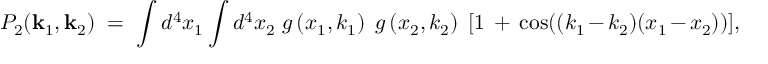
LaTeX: P _ { 2 } ( { \bf k } _ { 1 } , { \bf k } _ { 2 } ) \ = \ \int d ^ { 4 } x _ { 1 } \int d ^ { 4 } x _ { 2 } \ g \left( x _ { 1 } , k _ { 1 } \right) \ g \left( x _ { 2 } , k _ { 2 } \right) \ [ 1 \ + \ \cos ( ( k _ { 1 } - k _ { 2 } ) ( x _ { 1 } - x _ { 2 } ) ) ] ,